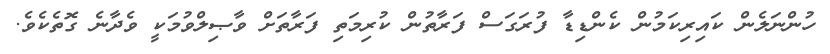
ހުންނަލެން ކައިރިކަމުން ކެންޑިޑާ ފުރަގަސް ފަރާތުން ކުރިމަތި ފަރާތަށް ވާޞިލްވުމަކީ ވެދާނެ ގޮތެކެވެ.